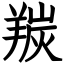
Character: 羰